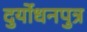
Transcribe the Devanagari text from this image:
दुर्योधनपुत्र